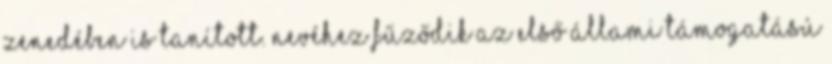
Zenedében is tanított. Nevéhez fűződik az első állami támogatású